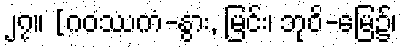
၂၇။ [ဂဝဿကံ-နွား, မြင်း၊ ဘုဝိ-မြေ၌၊